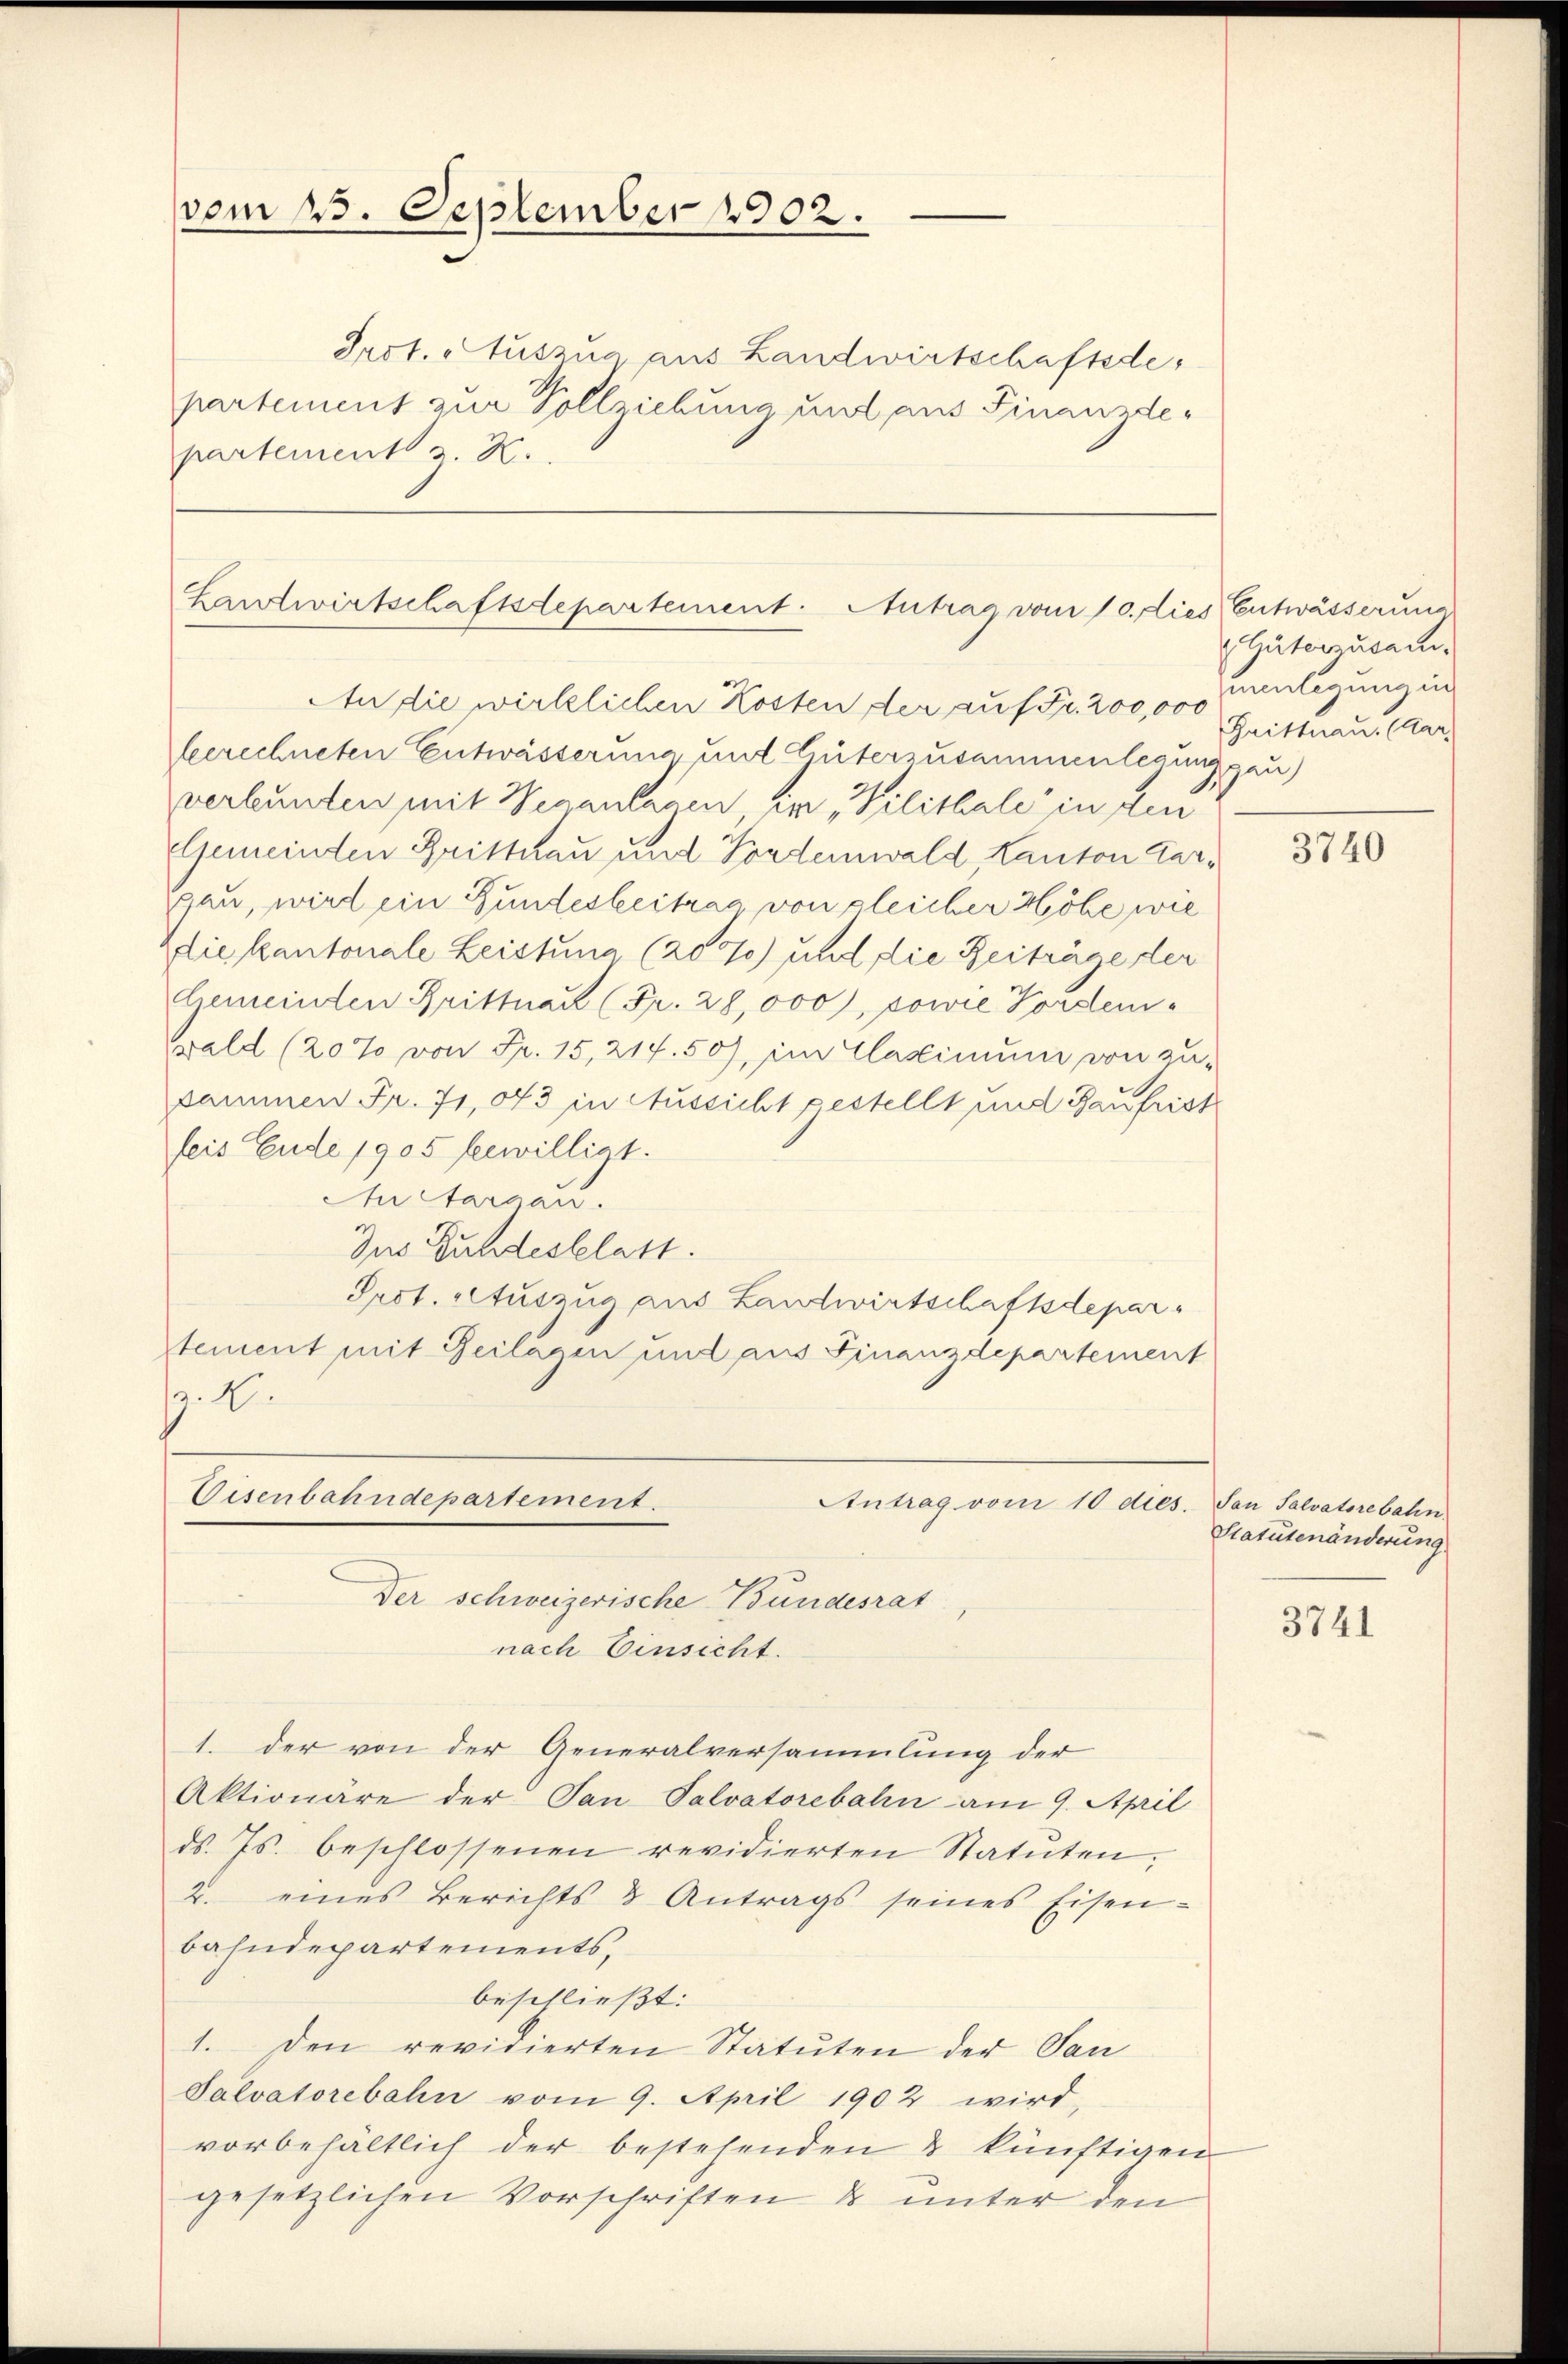
vom 15. September 1902.

Prot. Auszug aus Landwirtschaftsde
partement zur Vollziehung und aus Finanzdepartement z. K.

Landtwirtschaftsdepartement. Antrag vom 10. dies Entwässerung

An die wirklichen Kosten der auf Fr. 200,000 Grittnau. (Aarberechneten Entwässerung und Güterzusammenlegung gau)
verbunden mit Weganlagen hin, Vilithale in den
Gemeinden Drittnau und Forderwald Kanton Gar¬
Bau, wird ein Bundesbeitrag von gleicher Höhe wie
Elie kantonale Leistung. (209) und die Zeiträge der
Gemeinden Brittnau (Fr. 28,000), sowie Vordenwald (207 von Fr. 15, 214. 50), im Claximum von zu-
sammen Fr. 71,043 in Aussicht gestellt und Raufrist
feis Ende 1905 bewilligt.
Au Sargau.
Jus Bundesblatt.
Prot. Auszug aus Landwirtschaftsdepartement mit Beilagen und aus Finanzdepartement
. E.

Eisenbahndepartement.
Der schweizerische Bundesrat
nach Einsicht.

Antrag vom 10 dies. San Salvatorebahn

1. der von der Generalversammlung der
Aktionäre der Tan Valvatorebahn am 9. April
ds. Js. beschlossenen revidierten Statuten,
2. eines Berichts & Antrags seines Eisen-
bahndepartements,
beschließt:
1. Den revidierten Statuten der San
Salvatorebahn vom 9. April 1902 wird,
vorbehältlich der bestehenden & künftigen
gesetzlichen Vorschriften & unter den

Güterzusam
wiligung in

3740

Statutenänderung

3741